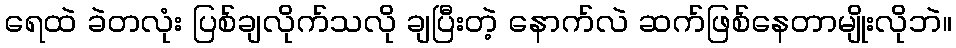
ရေထဲ ခဲတလုံး ပြစ်ချလိုက်သလို ချပြီးတဲ့ နောက်လဲ ဆက်ဖြစ်နေတာမျိုးလိုဘဲ။